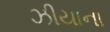
ઝીયાના